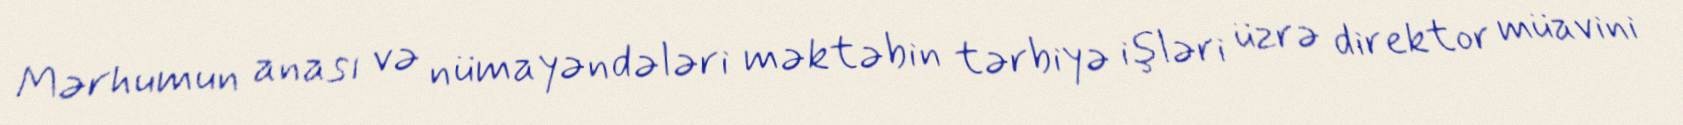
Mərhumun anası və nümayəndələri məktəbin tərbiyə işləri üzrə direktor müavini